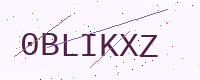
Text: 0BLIKXZ